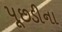
પૂછડીના